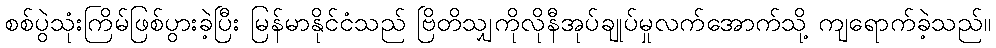
စစ်ပွဲသုံးကြိမ်ဖြစ်ပွားခဲ့ပြီး မြန်မာနိုင်ငံသည် ဗြိတိသျှကိုလိုနီအုပ်ချုပ်မှုလက်အောက်သို့ ကျရောက်ခဲ့သည်။